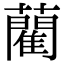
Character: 藺